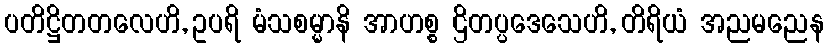
ပတိဋ္ဌိတတလေဟိ, ဥပရိ မံသစမ္မာနိ အာဟစ္စ ဌိတပ္ပဒေသေဟိ, တိရိယံ အညမညေန